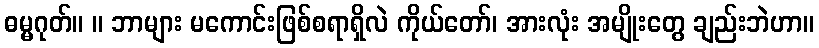
ဓမ္မဂုတ်။ ။ ဘာများ မကောင်းဖြစ်စရာရှိလဲ ကိုယ်တော်၊ အားလုံး အမျိုးတွေ ချည်းဘဲဟာ။